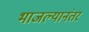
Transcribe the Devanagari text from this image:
भाजल्यानंतर